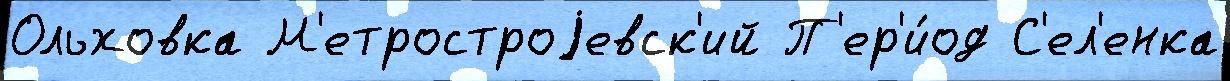
Ольховка М'етростроjевск'ий П'ер'и́од С'ел'енка